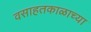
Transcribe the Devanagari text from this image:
वसाहतकाळाच्या